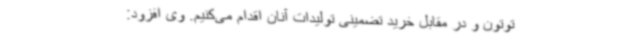
توتون و در مقابل خرید تضمینی تولیدات آنان اقدام می‌کنیم. وی افزود: